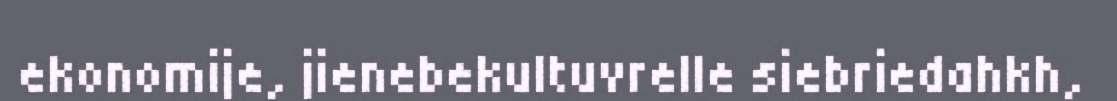
ekonomije, jienebekultuvrelle siebriedahkh,